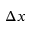
\Delta x